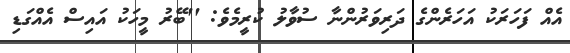
އެއް ފަހަރަކު އަހަރެންގެ ދަރިވަރުންނާ ސުވާލު ކުރީމެވެ: ''ބޭރު މީހަކު އައިސް އެއްގަޑި